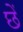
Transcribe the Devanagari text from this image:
छेँ